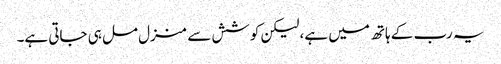
یہ رب کے ہاتھ میں ہے، لیکن کوشش سے منزل مل ہی جاتی ہے۔